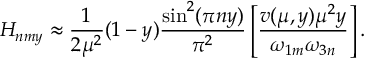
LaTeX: H _ { n m y } \approx \frac { 1 } { 2 \mu ^ { 2 } } ( 1 - y ) \frac { \sin ^ { 2 } ( \pi n y ) } { \pi ^ { 2 } } \left[ \frac { v ( \mu , y ) \mu ^ { 2 } y } { \omega _ { 1 m } \omega _ { 3 n } } \right] .